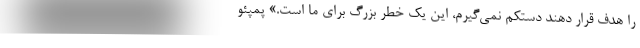
را هدف قرار دهند دستکم نمی‌گیرم، این یک خطر بزرگ برای ما است.» پمپئو